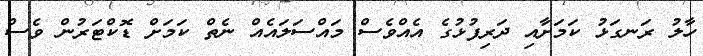
ހާލު ރަނގަޅު ކަމަށާއި ދަރިފުޅުގެ އެއްވެސް މައްސަލައެއް ނެތް ކަމަށް ޑޮކްޓަރުން ވެސް